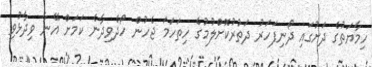
ހިމާޔަތުގެ ދަށުގައި ދޯނިފަހަރު ދަތުރުކޮށްލުމުގެ ހިތަހަމަ ޖެހުން ހޯދެވިދާނެ ކަމަށް އޭނާ ވިދާޅުވި